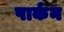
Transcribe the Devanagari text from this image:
पार्कन